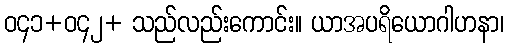
ဝ၄၁+ဝ၄၂+ သည်လည်းကောင်း။ ယာအပရိယောဂါဟနာ၊